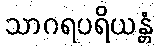
သာဂရပရိယန္တံ